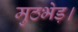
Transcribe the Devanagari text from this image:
मुठभेड़।